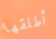
أطلقها